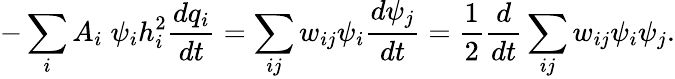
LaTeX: -\sum_{i}A_{i}\; \psi_{i}h_{i}^{2}\frac{dq_{i}}{dt}=\sum_{ij}w_{ij}\psi_{i}\frac{d\psi_{j}}{dt}=\frac{1}{2}\frac{d}{dt}\sum_{ij}w_{ij}\psi_{i}\psi_{j}.